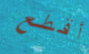
أقطع